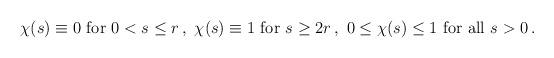
LaTeX: \begin{align*}\begin{aligned}\chi (s) \equiv 0 \textrm{ for } 0 < s \leq r \,, \ \chi (s) \equiv 1 \textrm{ for } s \geq 2 r \,, \ 0 \leq \chi (s) \leq 1 \textrm{ for all } s > 0 \,.\end{aligned}\end{align*}